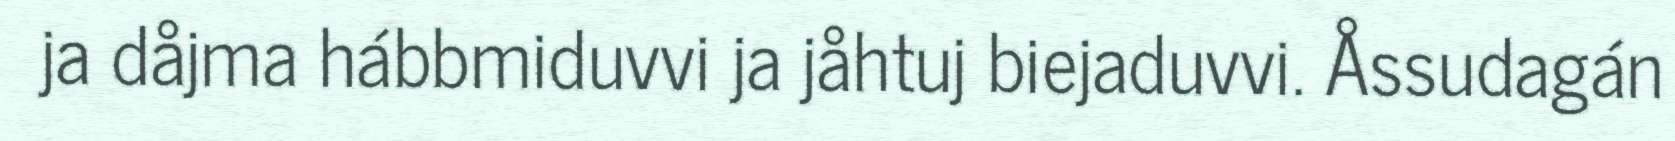
ja dåjma hábbmiduvvi ja jåhtuj biejaduvvi. Åssudagán